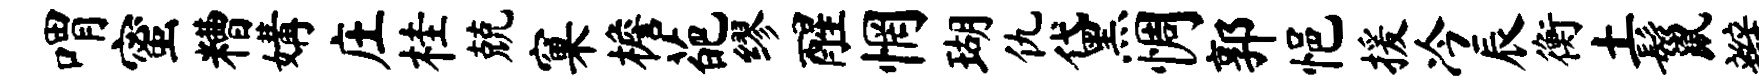
喟蜜糟媾庄桂兢窠檐葩缪醒惘瑚仇黛惆郭悒援冷辰衡土鬣辫